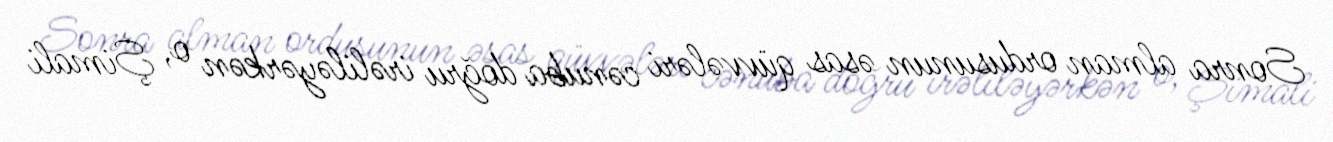
Sonra alman ordusunun əsas qüvvələri cənuba doğru irəliləyərkən o, Şimali